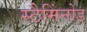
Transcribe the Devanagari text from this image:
स्टैमिंनोड